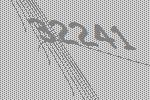
32241